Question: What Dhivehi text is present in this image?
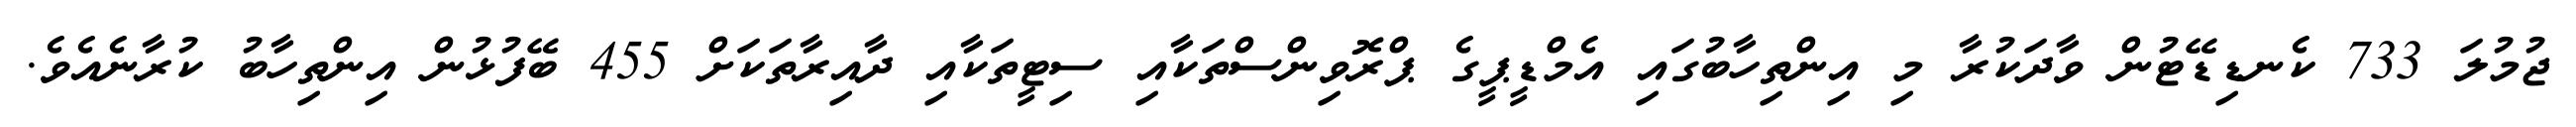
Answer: ޖުމުލަ 733 ކެނޑިޑޭޓުން ވާދަކުރާ މި އިންތިހާބުގައި އެމްޑީޕީގެ ޕްރޮވިންސްތަކާއި ސިޓީތަކާއި ދާއިރާތަކަށް 455 ބޭފުޅުން އިންތިހާބު ކުރާނެއެވެ.